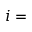
i =